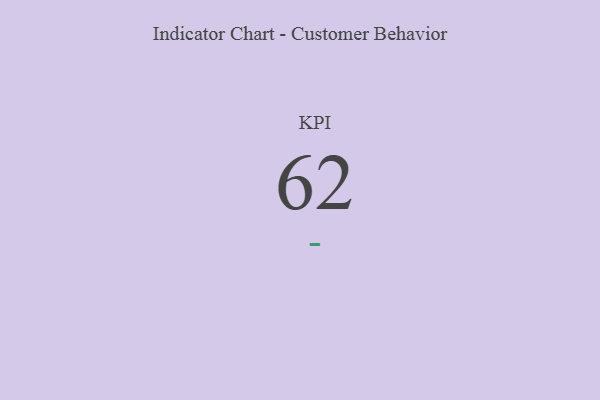
{"axis": {"x": "KPI", "y": "Value"}, "legend": [""], "data": [{"x": "KPI", "y": 62, "type": ""}]}